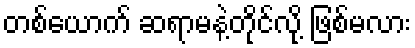
တစ်ယောက် ဆရာမနဲ့တိုင်လို့ ဖြစ်မလား